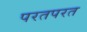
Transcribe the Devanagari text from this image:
परतपरत